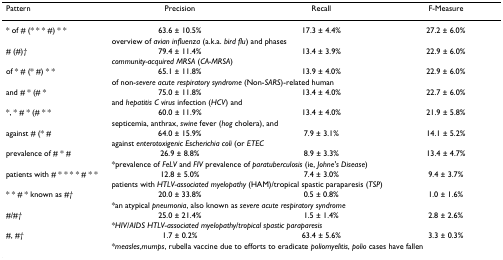
<table><thead><tr><td><b>Pattern</b></td><td><b>Precision</b></td><td><b>Recall</b></td><td><b>F-Measure</b></td></tr></thead><tbody><tr><td>* of # (* * * #) * *</td><td>63.6 ± 10.5%</td><td>17.3 ± 4.4%</td><td>27.2 ± 6.0%</td></tr><tr><td></td><td colspan="3">overview of <i>avian influenza </i>(a.k.a. <i>bird flu</i>) and phases</td></tr><tr><td># (#)<i>†</i></td><td>79.4 ± 11.4%</td><td>13.4 ± 3.9%</td><td>22.9 ± 6.0%</td></tr><tr><td></td><td colspan="3"><i>community-acquired MRSA </i>(<i>CA-MRSA</i>)</td></tr><tr><td>of * # (* #) * *</td><td>65.1 ± 11.8%</td><td>13.9 ± 4.0%</td><td>22.9 ± 6.0%</td></tr><tr><td></td><td colspan="3">of non-<i>severe acute respiratory syndrome </i>(Non-<i>SARS</i>)-related human</td></tr><tr><td>and # * (# *</td><td>75.0 ± 11.8%</td><td>13.4 ± 4.0%</td><td>22.7 ± 6.0%</td></tr><tr><td></td><td colspan="3">and <i>hepatitis C virus </i>infection (<i>HCV</i>) and</td></tr><tr><td>*, * # * (# * *</td><td>60.0 ± 11.9%</td><td>13.4 ± 4.0%</td><td>21.9 ± 5.8%</td></tr><tr><td></td><td colspan="3">septicemia, anthrax, <i>swine </i>fever (<i>hog </i>cholera), and</td></tr><tr><td>against # (* #</td><td>64.0 ± 15.9%</td><td>7.9 ± 3.1%</td><td>14.1 ± 5.2%</td></tr><tr><td></td><td colspan="3">against <i>enterotoxigenic Escherichia coli </i>(or <i>ETEC</i></td></tr><tr><td>prevalence of # * #</td><td>26.9 ± 8.8%</td><td>8.9 ± 3.3%</td><td>13.4 ± 4.7%</td></tr><tr><td></td><td colspan="3">*prevalence of <i>FeLV </i>and <i>FIV </i>prevalence of <i>paratuberculosis </i>(ie, <i>Johne&#x27;s Disease</i>)</td></tr><tr><td>patients with # * * * * # * *</td><td>12.8 ± 5.0%</td><td>7.4 ± 3.0%</td><td>9.4 ± 3.7%</td></tr><tr><td></td><td colspan="3">patients with <i>HTLV-associated myelopathy </i>(HAM)/tropical spastic paraparesis (<i>TSP</i>)</td></tr><tr><td>* * # * known as #<i>†</i></td><td>20.0 ± 33.8%</td><td>0.5 ± 0.8%</td><td>1.0 ± 1.6%</td></tr><tr><td></td><td colspan="3">*an atypical <i>pneumonia</i>, also known as <i>severe acute respiratory syndrome</i></td></tr><tr><td>#/#<i>†</i></td><td>25.0 ± 21.4%</td><td>1.5 ± 1.4%</td><td>2.8 ± 2.6%</td></tr><tr><td></td><td colspan="3">*<i>HIV</i>/<i>AIDS HTLV-associated myelopathy</i>/<i>tropical spastic paraparesis</i></td></tr><tr><td>#, #<i>†</i></td><td>1.7 ± 0.2%</td><td>63.4 ± 5.6%</td><td>3.3 ± 0.3%</td></tr><tr><td></td><td colspan="3">*<i>measles</i>,<i>mumps</i>, rubella vaccine due to efforts to eradicate <i>poliomyelitis</i>, <i>polio </i>cases have fallen</td></tr></tbody></table>